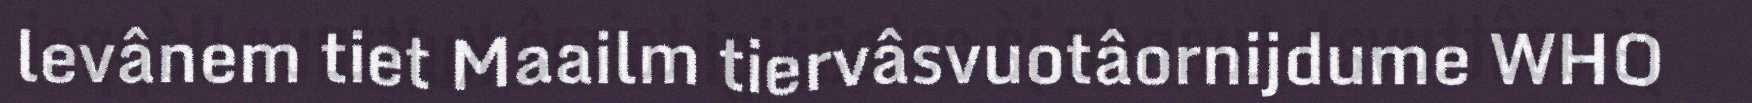
levânem tiet Maailm tiervâsvuotâornijdume WHO